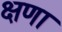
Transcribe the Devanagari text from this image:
क्षणा